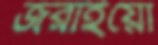
জরাইয়ো